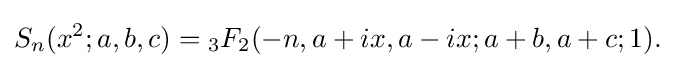
S_{n}(x^{2};a,b,c)={}_{3}F_{2}(-n,a+ix,a-ix;a+b,a+c;1).\